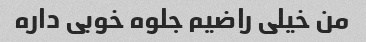
من خیلی راضیم جلوه خوبی داره